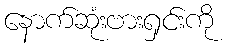
နောက်ဆုံးဗားရှင်းကို